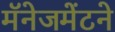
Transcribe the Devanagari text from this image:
मॅनेजमेंटने